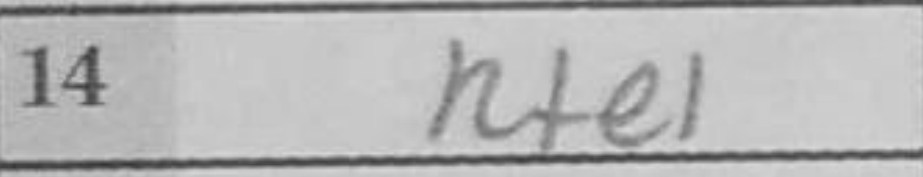
Transcription: Rfe1